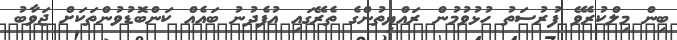
ބިން މިލްކުރެވޭ ފުރުސަތު ހުޅުވުމުން ރައްޔިތުންގެ ތެރޭގައި އުފެދުނު ބައެއް ކަންބޮޑުވުންތަކަށް ޖަވާބު